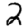
Digit: 2